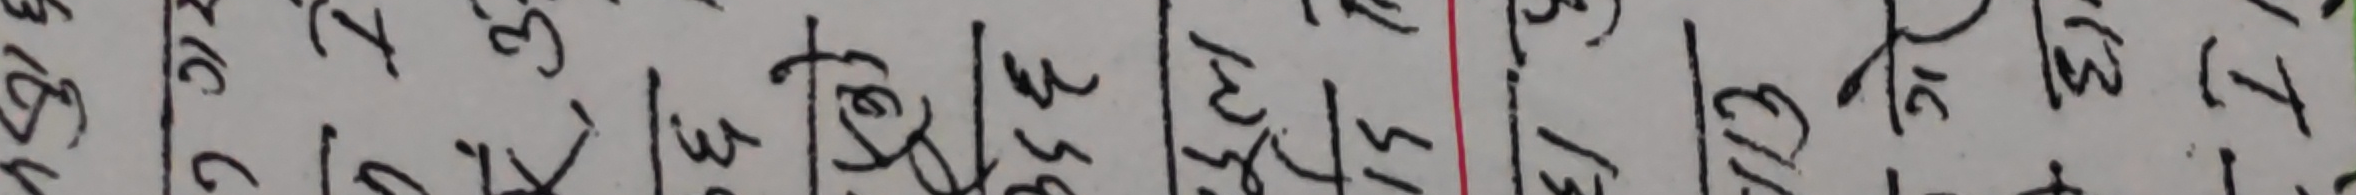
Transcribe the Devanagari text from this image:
३८८१५३४७७२१७